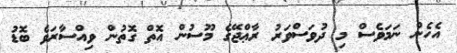
އެހެން ނަމަވެސް މި ދުވަސްވަރު ރާޢްޖޭގެ މޫސުން އޮތް ގޮތުން ވިއްސާރަވެ ބޮޑު